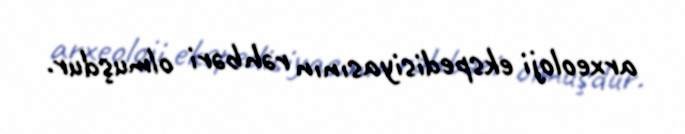
arxeoloji ekspedisiyasının rəhbəri olmuşdur.